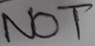
Text: NOT